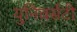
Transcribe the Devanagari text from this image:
युनिवर्सटी